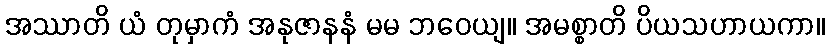
အဿာတိ ယံ တုမှာကံ အနုဇာနနံ မမ ဘဝေယျ။ အမစ္စာတိ ပိယသဟာယကာ။